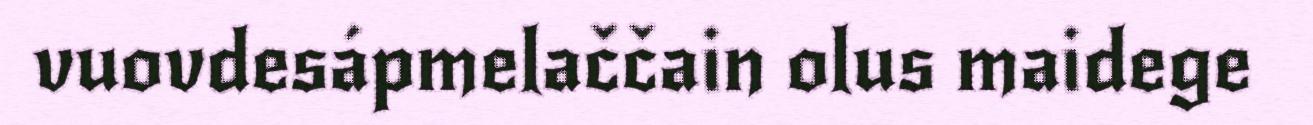
vuovdesápmelaččain olus maidege